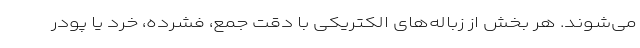
می‌شوند. هر بخش از زباله‌های الکتریکی با دقت جمع، فشرده، خرد یا پودر